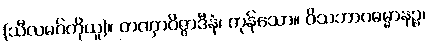
(သီလမဂ်ကိုယူ)။ တဏှာဝိဇ္ဇာဒီနံ၊ ကုန်သော။ ဝိသဘာဂဓမ္မာနဉ္စ၊